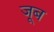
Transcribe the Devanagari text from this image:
जूब